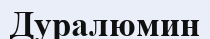
Дуралюмин